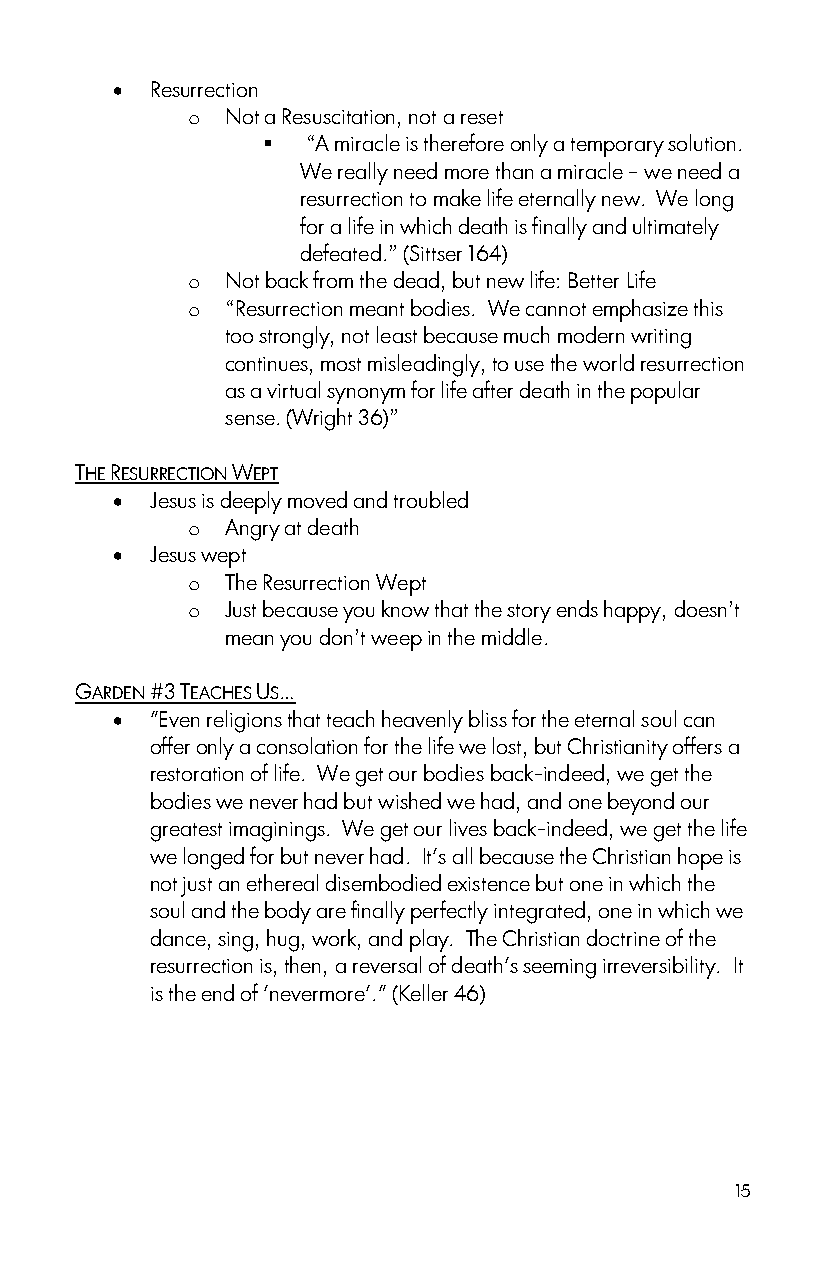
  Resurrection
 o  Not a Resuscitation, not a reset
   “A miracle is therefore only a temporary solution.
 We really need more than a miracle – we need a
 resurrection to make life eternally new. We long
 for a life in which death is finally and ultimately
 defeated.” (Sittser 164)
 o  Not back from the dead, but new life: Better Life
 o  “Resurrection meant bodies. We cannot emphasize this
 too strongly, not least because much modern writing
 continues, most misleadingly, to use the world resurrection
 as a virtual synonym for life after death in the popular
 sense. (Wright 36)”
 THE RESURRECTION WEPT
   Jesus is deeply moved and troubled
 o  Angry at death
   Jesus wept
 o  The Resurrection Wept
 o  Just because you know that the story ends happy, doesn‟t
 mean you don‟t weep in the middle.
 GARDEN #3 TEACHES US…
   "Even religions that teach heavenly bliss for the eternal soul can
 offer only a consolation for the life we lost, but Christianity offers a
 restoration of life. We get our bodies back-indeed, we get the
 bodies we never had but wished we had, and one beyond our
 greatest imaginings. We get our lives back-indeed, we get the life
 we longed for but never had. It's all because the Christian hope is
 not just an ethereal disembodied existence but one in which the
 soul and the body are finally perfectly integrated, one in which we
 dance, sing, hug, work, and play. The Christian doctrine of the
 resurrection is, then, a reversal of death's seeming irreversibility. It
 is the end of 'nevermore'." (Keller 46)
 15